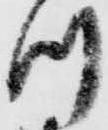
ツ